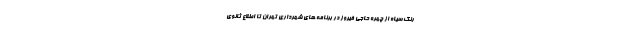
رنگ سیاه از چهره حاجی فیروز در برنامه های شهرداری تهران تا اطلاع ثانوی